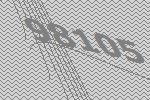
98105